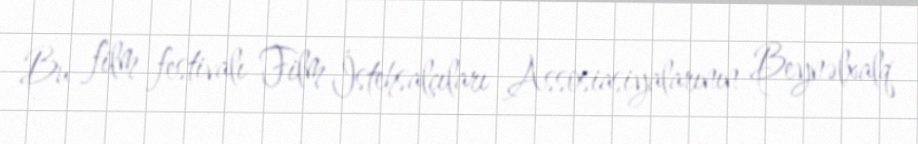
Bu film festivalı Film İstehsalçıları Assosiasiyalarının Beynəlxalq